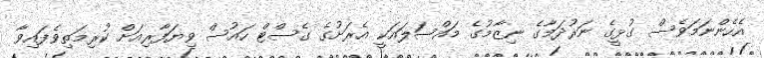
އެހެންނަމަވެސް ގުޅީގެ ނަރުދަމާގެ ނިޒާމުގެ މައްސަލައަކީ އެރަށުގެ ގެސްޓް ހައުސް ވިޔަފާރިއަށް ކުރިމަތިވެފައިވާ